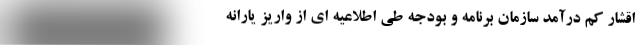
اقشار کم درآمد سازمان برنامه و بودجه طی اطلاعیه ای از واریز یارانه